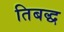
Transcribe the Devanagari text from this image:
तिबद्ध